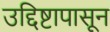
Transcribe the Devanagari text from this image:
उद्दिष्टापासून